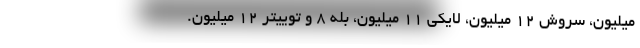
ميليون، سروش 12 ميليون، لايكي 11 ميليون، بله 8 و توييتر 12 ميليون.